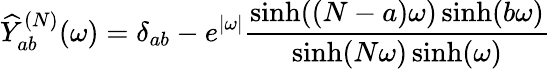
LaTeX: \widehat{Y}_{ab}^{(N)}(\omega)=\delta_{ab}-e^{|\omega|}\frac{\sinh((N-a)\omega)\sinh(b\omega)}{\sinh(N\omega)\sinh(\omega)}